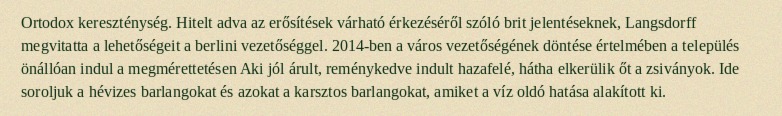
Ortodox kereszténység. Hitelt adva az erősítések várható érkezéséről szóló brit jelentéseknek, Langsdorff megvitatta a lehetőségeit a berlini vezetőséggel. 2014-ben a város vezetőségének döntése értelmében a település önállóan indul a megmérettetésen Aki jól árult, reménykedve indult hazafelé, hátha elkerülik őt a zsiványok. Ide soroljuk a hévizes barlangokat és azokat a karsztos barlangokat, amiket a víz oldó hatása alakított ki.